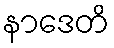
နာဒေတိ